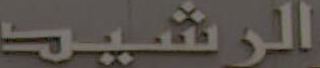
الرشيد